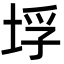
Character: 垺